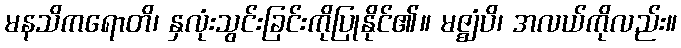
မနသိကရောတိ၊ နှလုံးသွင်းခြင်းကိုပြုနိုင်၏။ မဇ္ဈံပိ၊ အလယ်ကိုလည်း။